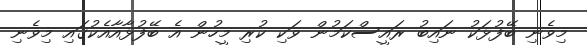
މިވެނި ބޭފުޅަކު ނައިބު ރައީސްކަމުން ވަކި ކުރި މީހުން އެ ބޭފުޅާއާއެކުގައި މިވެނި